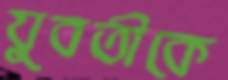
যুবতীকে